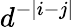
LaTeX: d^{-|i-j|}